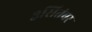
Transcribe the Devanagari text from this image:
३सितंबर